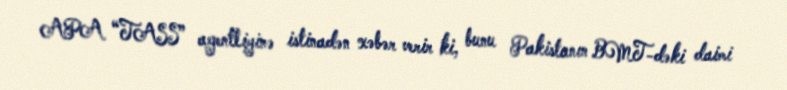
APA “TASS” agentliyinə istinadən xəbər verir ki, bunu Pakistanın BMT-dəki daimi